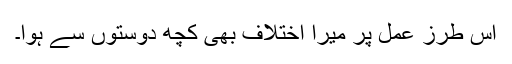
اس طرزِ عمل پر میرا اختلاف بھی کچھ دوستوں سے ہوا۔